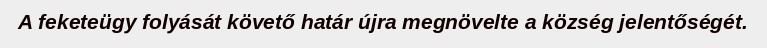
A feketeügy folyását követő határ újra megnövelte a község jelentőségét.